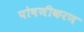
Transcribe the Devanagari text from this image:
पोषणीकरण